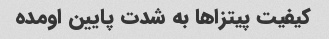
کیفیت پیتزاها به شدت پایین اومده